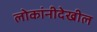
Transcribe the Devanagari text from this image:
लोकांनीदेखील